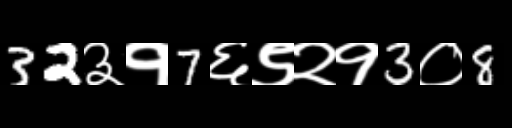
Text: 32३१7६९२१3०8